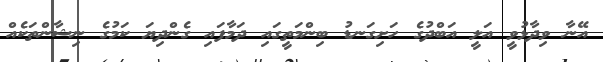
އޭނާ ވިދާޅުވީ އަލީ އަބްދުގެ ހަށިގަނޑު ބިންމަތީގައި ދަމާފައި ގެންދިޔަ ކަމުގެ ނިޝާންތަކެއް